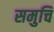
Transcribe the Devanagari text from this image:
समुचि